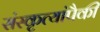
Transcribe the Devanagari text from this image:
संस्कृत्यांपैकी